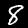
Label: 8